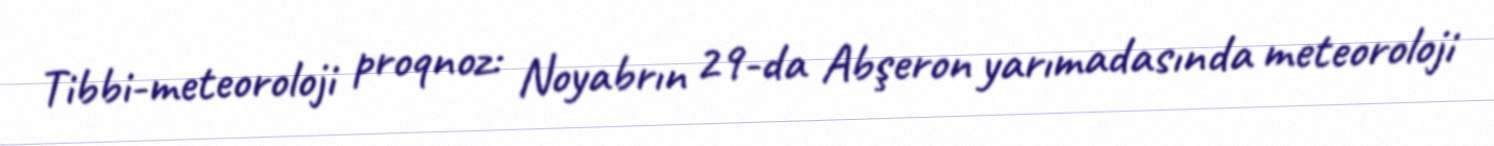
Tibbi-meteoroloji proqnoz: Noyabrın 29-da Abşeron yarımadasında meteoroloji